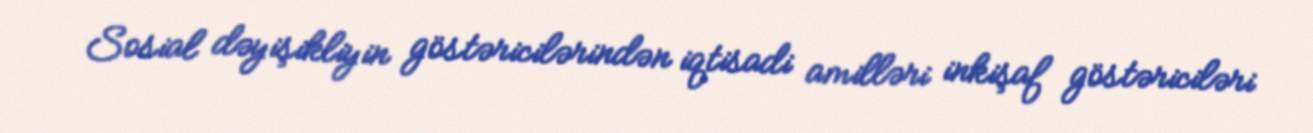
Sosial dəyişikliyin göstəricilərindən iqtisadi amilləri inkişaf göstəriciləri